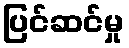
ပြင်ဆင်မှု